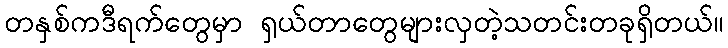
တနှစ်ကဒီရက်တွေမှာ ရှယ်တာတွေများလှတဲ့သတင်းတခုရှိတယ်။